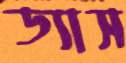
ড্যাস